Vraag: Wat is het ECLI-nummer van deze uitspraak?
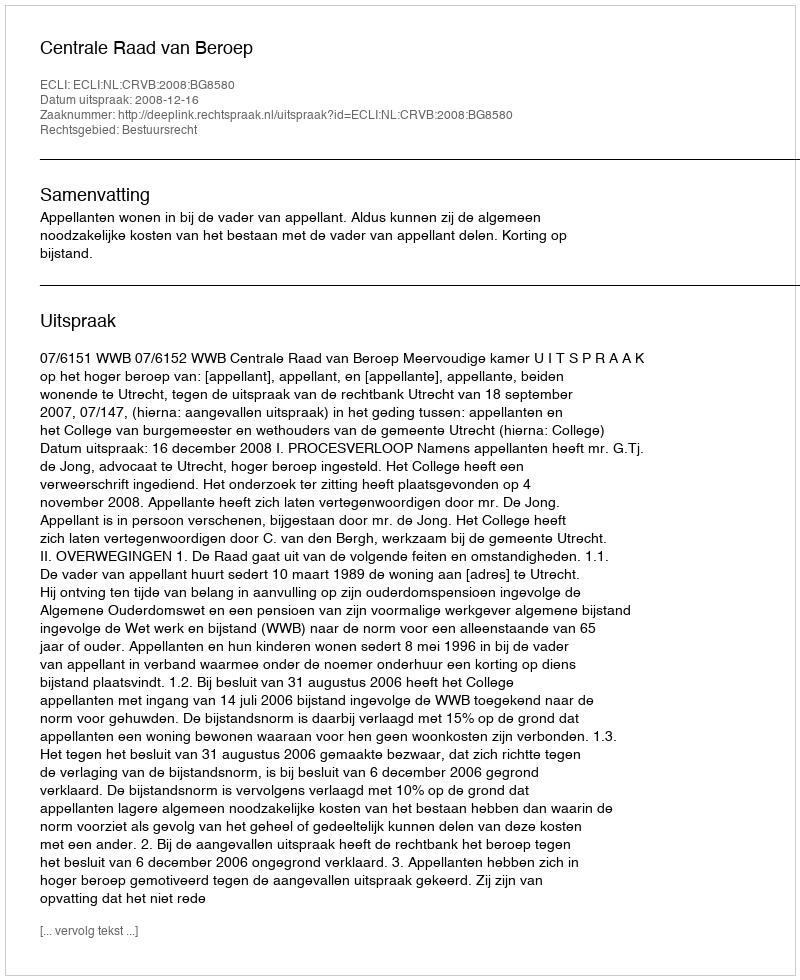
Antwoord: ECLI:NL:CRVB:2008:BG8580